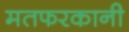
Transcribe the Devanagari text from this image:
मतफरकानी